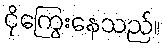
ငိုကြွေးနေသည်။